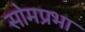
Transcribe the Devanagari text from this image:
सोमप्रभा